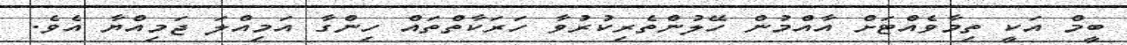
ބީމް އަކީ ތިމާވެއްޓަށް އާއްމުން ހޭލުންތެރިކުރުވާ ހަރަކާތްތައް ހިންގާ އަމިއްލަ ޖަމިއްޔާ އެވެ.